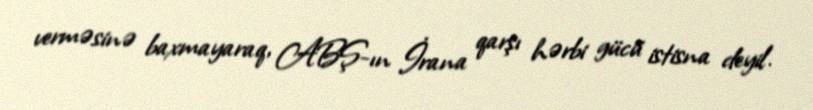
verməsinə baxmayaraq, ABŞ-ın İrana qarşı hərbi gücü istisna deyil.